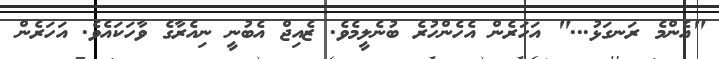
"އެންމެ ރަނގަޅު..." އަހަރެން އެހެންހުރެ ބުނެލީމެވެ. ޒެއިޖް އެބުނީ ނިއެރާގެ ވާހަކައެވެ. އަހަރެން